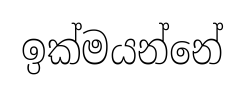
ඉක්මයන්නේ